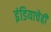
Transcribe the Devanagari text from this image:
इंडियाचेही